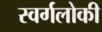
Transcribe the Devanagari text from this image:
स्वर्गलोकी